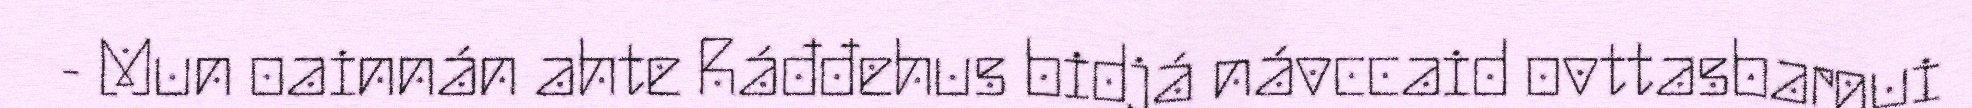
- Mun oainnán ahte Ráđđehus bidjá návccaid ovttasbargui